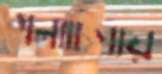
গলাচিপায়